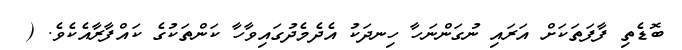
ބޮޑެތި ފާފަތަކަށް އަރައި ނުގަންނަހާ ހިނދަކު އެދެމެދުގައިވާހާ ކަންތަކުގެ ކައްފާރާއެކެވެ. (